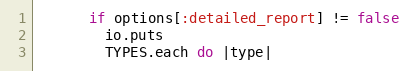
Language: Ruby
      if options[:detailed_report] != false
        io.puts
        TYPES.each do |type|